On the importance of larval characters in the classification of mosquitoes - Number 25
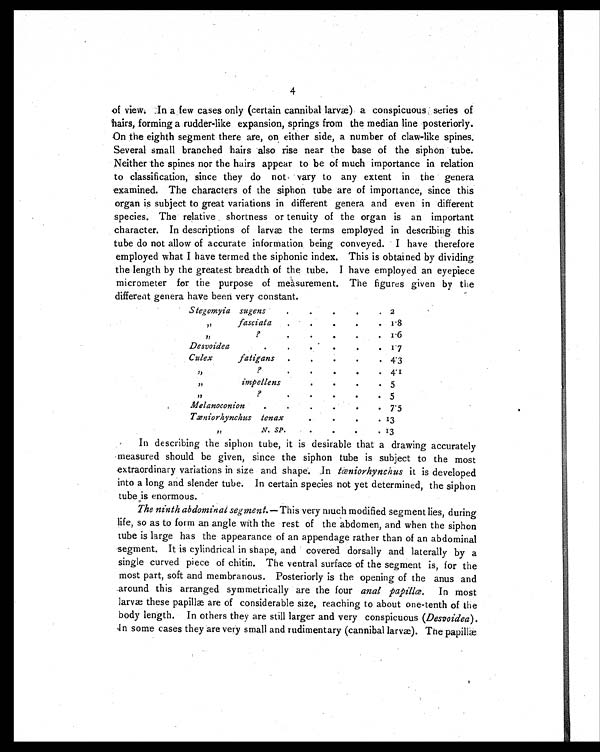
4
o f v i e w. I n a f e w c a s e s o n l y ( c e r t a i n c a n n i b a l l a r v æ) a c o n s p i c u o u s s e r i e s o f
hairs, forming a rudder-like expansion, springs from the median line posteriorly.
On the eighth segment there are, on either side, a number of claw-like spines.
Several small branched hairs also rise near the base of the siphon tube.
Neither the spines nor the hairs appear to be of much importance in relation
to classification, since they do not vary to any extent in the genera
examined. The characters of the siphon tube are of importance, since this
organ is subject to great variations in different genera and even in different
species. The relative shortness or tenuity of the organ is an important
character. In descriptions of larvæ the terms employed in describing this
tube do not allow of accurate information being conveyed. I have therefore
employed what I have termed the siphonic index. This is obtained by dividing
the length by the greatest breadth of the tube. I have employed an eyepiece
micrometer for the purpose of measurement. The figures given by the
different genera have been very constant.
Stegomyia sugens
.
.
.
.
. 2
, ,
fasciata
.
.
.
.
. 1.8
»
?
.
.
.
.
.
1.6
Desvoidea
.
.
.
.
.
.
1. 7
Culex
fatigans .
.
.
.
•
4.3
, ,
?
.
.
.
.
.
4.1
, ,
impellens
.
.
.
. 5
, ,
?
.
.
.
.
.
5
Melanoconion
.
.
.
.
.
.
7.5
T æ n i o r h y n c h u s
t e n a x .
.
.
. 13
, ,
N. SP.
.
.
.
. 13
In describing the siphon tube, it is desirable that a drawing accurately
measured should be given, since the siphon tube is subject to the most
extraordinary variations in size and shape. In tæniorhynchus it is developed
into a long and slender tube. In certain species not yet determined, the siphon
tube is enormous.
The ninth abdominal segment.— This very much modified segment lies, during
life, so as to form an angle with the rest of the abdomen, and when the siphon
tube is large has the appearance of an appendage rather than of an abdominal
segment. It is cylindrical in shape, and covered dorsally and laterally by a
single curved piece of chitin. The ventral surface of the segment is, for the
most part, soft and membranous. Posteriorly is the opening of the anus and
.around this arranged symmetrically are the four anal papillæ. In most
larvæ these papillæ are of considerable size, reaching to about one-tenth of the
body length. In others they are still larger and very conspicuous (Desvoidea).
I n s o m e c a s e s t h e y a r e v e r y s m a l l a n d r u d i m e n t a r y ( c a n n i b a l l a r v a ) . T h e p a p i l l æ